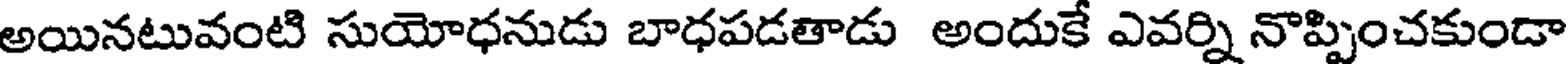
అయినటువంటి సుయోధనుడు బాధపడతాడు అందుకే ఎవర్ని నొప్పించకుండా